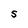
Character: S